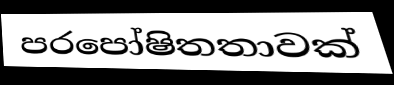
පරපෝෂිතතාවක්